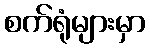
စက်ရုံများမှာ